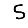
Digit: 5